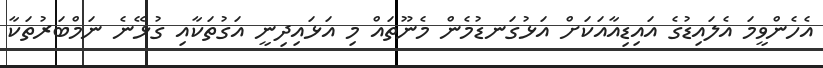
އެހެންވީމަ އެލައިޑުގެ އައިޑިއާއަކަށް އަޅުގަނޑުމެން މެނޫތައް މި އަޅައިދިނީ އަގުތަކާއި ގުޅޭނެ ނަމްބަރުތަކާ